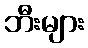
ဘီးများ